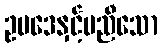
ဥပဒေနှင့်မညီသော